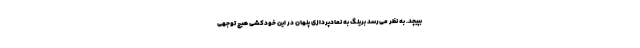
بپیچد. به نظر می‌رسد برینگ به نمادپردازی پنهان در این خودکشی هیچ توجهی